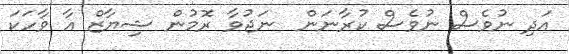
އަދި ނުވެސް ނުވެސް ކުރާނަން  ނަޖުވާ ރޮމުން ޝިޔާޒް އާ ވާހަކަ